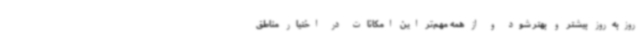
روزبه‌روز بیشتر و بهتر شود و از همه مهم‌تر این امکانات در اختیار مناطق